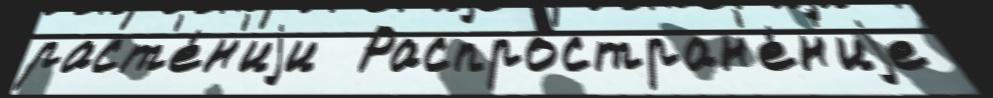
раст'е́н'иjи  Распростран'е́н'иjе